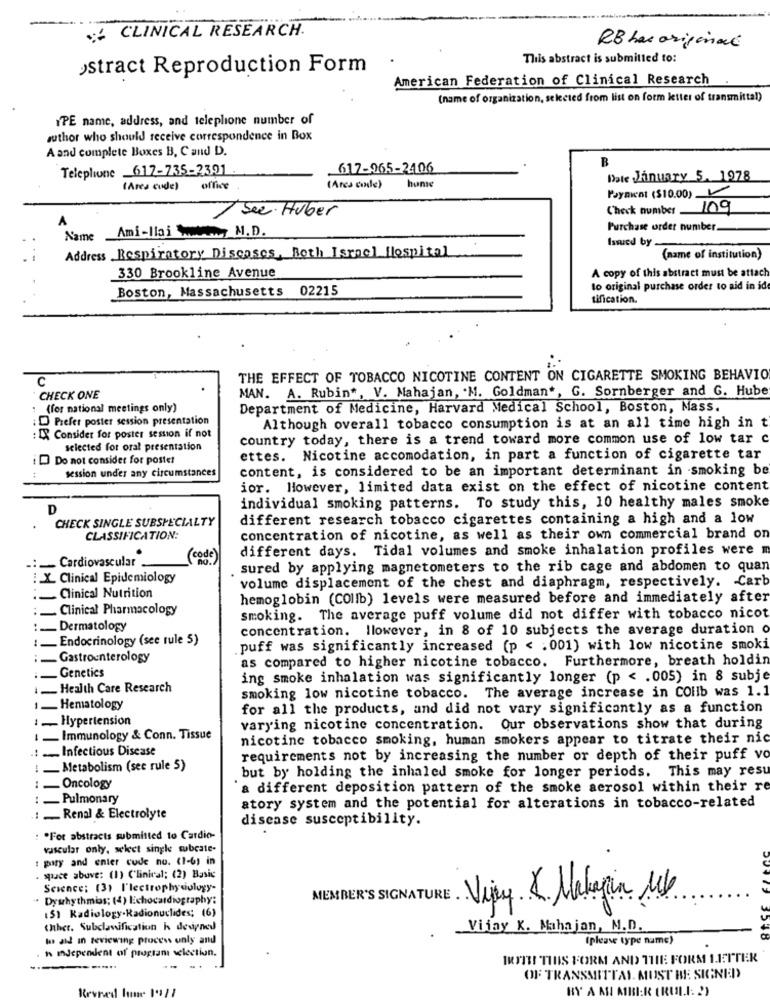
CLINICAL RESEARCH.
RB has original
This abstract is submitted to:
stract Reproduction Form
American Federation of Clinical Research
(name of organization, selected from list on form letter of transmittal)
IPE name, address, and telephone number of
author who should receive correspondence in Box
A and complete Boxes B, C and D.
B
Telephone _617-735-2391 .
617-965-2406
Date January 5. 1978
( Area code)
office
(Area code)
home
Payment ($10.00) V
Check number 109
A
1 See Huber
Name Ami-llai www, M.D.
Purchase order number.
Issued by
Address Respiratory Diseases, Beth Israel Hospital
(name of institution)
A copy of this abstract must be attach
330 Brookline Avenue
Boston, Massachusetts 02215
to original purchase order to aid in ide
tification.
C
THE EFFECT OF TOBACCO NICOTINE CONTENT ON CIGARETTE SMOKING BEHAVIO
MAN. A. Rubin", V. Mahajan, . M. Goldman", G. Sornberger and G. Hube
CHECK ONE
(for national meetings only)
Department of Medicine, Harvard Medical School, Boston, Mass.
: D Prefer poster session presentation
Although overall tobacco consumption is at an all time high in t
: IX Consider for poster session if not
country today, there is a trend toward more common use of low tar c
selected for oral presentation
i Do not consider for poster
ettes. Nicotine accomodation, in part a function of cigarette tar
session under any circumstances
content, is considered to be an important determinant in smoking be
ior. However, limited data exist on the effect of nicotine content
individual smoking patterns. To study this, 10 healthy males smoke
CHECK SINGLE SUBSPECIALTY
different research tobacco cigarettes containing a high and a low
CLASSIFICATION:
concentration of nicotine, as well as their own commercial brand on
different days. Tidal volumes and smoke inhalation profiles were m
Cardiovascular .
(code)
sured by applying magnetometers to the rib cage and abdomen to quan
Clinical Epidemiology
volume displacement of the chest and diaphragm, respectively. Carb
Clinical Nutrition
hemoglobin (COllb) levels were measured before and immediately after
Clinical Pharmacology
smoking. The average puff volume did not differ with tobacco nicot
_ Dermatology
concentration. llowever, in 8 of 10 subjects the average duration o
Endocrinology (see rule 5)
puff was significantly increased (p < . 001) with low nicotine smoki
- Gastroenterology
as compared to higher nicotine tobacco. Furthermore, breath holdin
Genetics
ing smoke inhalation was significantly longer (p < . 005) in 8 subje
1_ Health Care Research
smoking low nicotine tobacco. The average increase in COlib was 1.1
1_ Hematology
for all the products, and did not vary significantly as a function
- Hypertension
varying nicotine concentration. Our observations show that during
1 _ Immunology & Conn. Tissue
nicotine tobacco smoking, human smokers appear to titrate their nic
1 . Infectious Disease
requirements not by increasing the number or depth of their puff vo
Metabolism (see rule 5)
but by holding the inhaled smoke for longer periods. This may resu
_Oncology
a different deposition pattern of the smoke aerosol within their re
Pulmonary
atory system and the potential for alterations in tobacco-related
: __ Renal & Electrolyte
disease susceptibility.
: . For abstracts submitted to Cardio-
vascular only, seket single subcate-
: piry and enter cude nu. (1-6) in
. spauce abuve: (1) Clinical; (2) Basic
Science: (3) I'lectrophysiology-
.. Dysrhythmias; (4) Echocardiography:
MEMBER'S SIGNATURE .
Vijpy K. Makagain 16
15) Radiology-Radionuclides; (6)
20
thhet. Subclassification k despned
Vijay K. Maha jan, M.D.
to ad in teviewing process only and
(please type name)
. h independent of programı selection.
IKTITI THIS FORM AND THE FORM LETTER
OF TRANSMITTAL MUST BE SIGNED
BY A ASI AIRI:R (RUL.I: '')